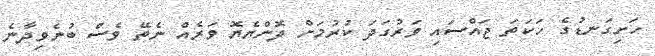
ހަށިގަނޑުގެ ހަކަތަ ޖައްސައި ވަރުގަދަ ކުރުމަށް ދޮންޔެޔޮ ވަރެއް ނެތޭ ވެސް ބުނެވިދާނެ